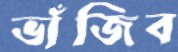
ভাঁজিব